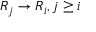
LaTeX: R _ { j } \to R _ { i } , j \geq i